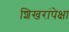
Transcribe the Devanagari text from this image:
शिखरांपेक्षा